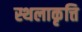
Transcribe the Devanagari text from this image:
स्थलाकृत्ति